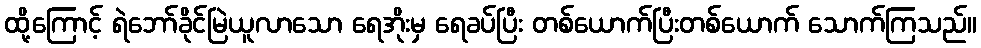
ထို့ကြောင့် ရဲဘော်ခိုင်မြဲယူလာသော ရေအိုးမှ ရေခပ်ပြီး တစ်ယောက်ပြီးတစ်ယောက် သောက်ကြသည်။